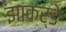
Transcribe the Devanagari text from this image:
झाकर्डे